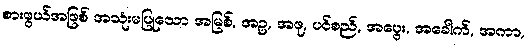
စားဖွယ်အဖြစ် အသုံးမပြုသော အမြစ်, အဥ, အဖု, ပင်စည်, အပွေး, အခေါက်, အကာ,